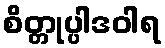
စိတ္တုပ္ပါဒဝါရ